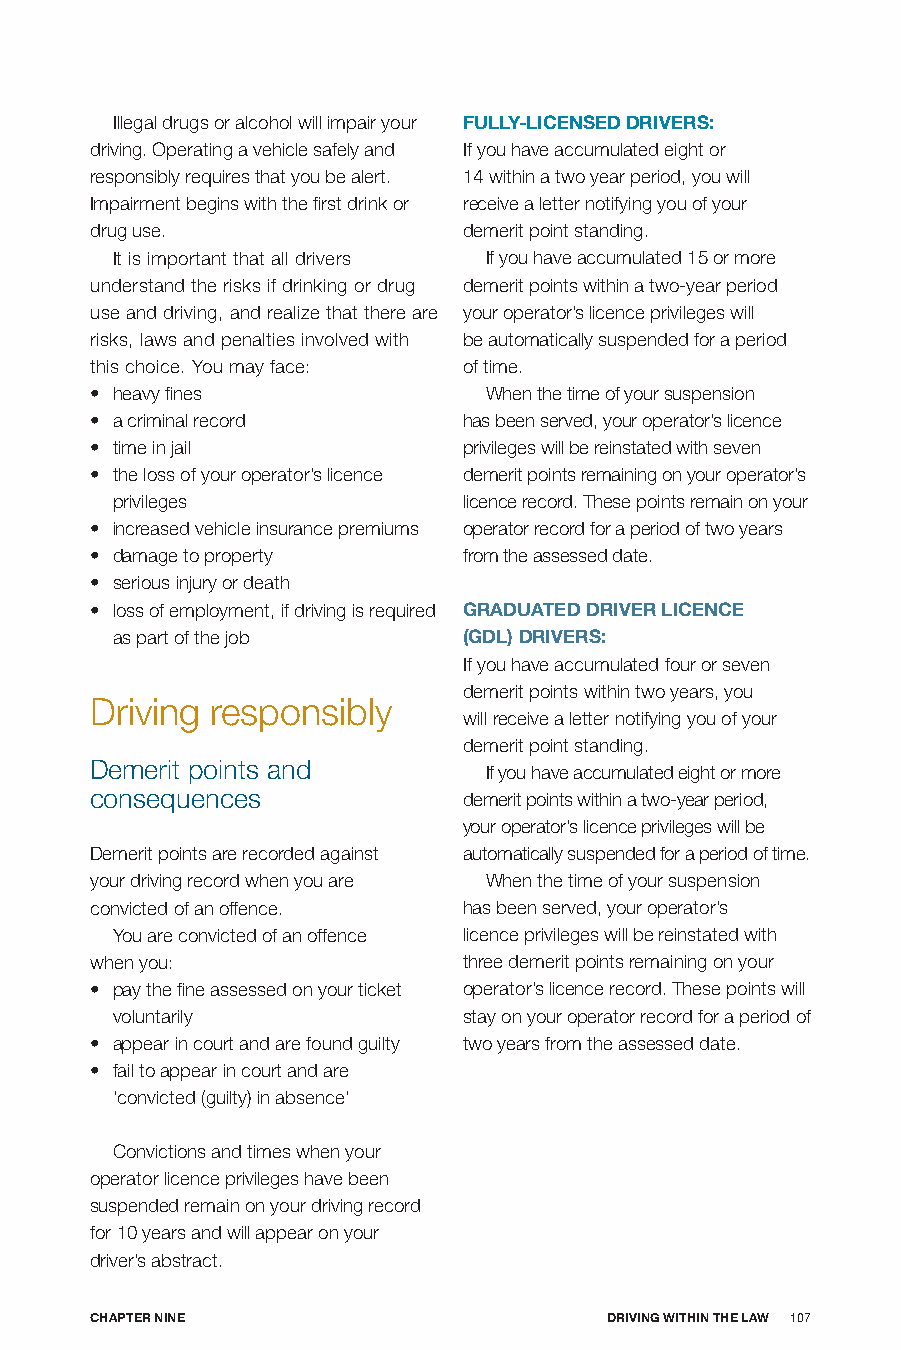
Illegal drugs or alcohol will impair your fULLy-LICEnSED DRIVERS:
 driving. Operating a vehicle safely and If you have accumulated eight or
 responsibly requires that you be alert. 14 within a two year period, you will
 Impairment begins with the first drink or receive a letter notifying you of your
 drug use.                demerit point standing.
 It is important that all drivers If you have accumulated 15 or more
 understand the risks if drinking or drug demerit points within a two-year period
 use and driving, and realize that there are your operator’s licence privileges will
 risks, laws and penalties involved with be automatically suspended for a period
 this choice. You may face: of time.
 • heavy fines             When the time of your suspension
 • a criminal record      has been served, your operator’s licence
 • time in jail           privileges will be reinstated with seven
 • the loss of your operator’s licence demerit points remaining on your operator’s
 privileges              licence record. These points remain on your
 • increased vehicle insurance premiums operator record for a period of two years
 • damage to property     from the assessed date.
 • serious injury or death
 • loss of employment, if driving is required GRADUATED DRIVER LICEnCE
 as part of the job      (GDL) DRIVERS:
 If you have accumulated four or seven
 demerit points within two years, you
 Driving responsibly
 will receive a letter notifying you of your
 demerit point standing.
 Demerit points and
 If you have accumulated eight or more
 consequences             demerit points within a two-year period,
 your operator’s licence privileges will be
 Demerit points are recorded against automatically suspended for a period of time.
 your driving record when you are When the time of your suspension
 convicted of an offence. has been served, your operator’s
 You are convicted of an offence licence privileges will be reinstated with
 when you:                three demerit points remaining on your
 • pay the fine assessed on your ticket operator’s licence record. These points will
 voluntarily             stay on your operator record for a period of
 • appear in court and are found guilty two years from the assessed date.
 • fail to appear in court and are
 ‘convicted (guilty) in absence’
 Convictions and times when your
 operator licence privileges have been
 suspended remain on your driving record
 for 10 years and will appear on your
 driver’s abstract.
 CHApTER nInE                      DRIVInG wITHIn THE LAw 107